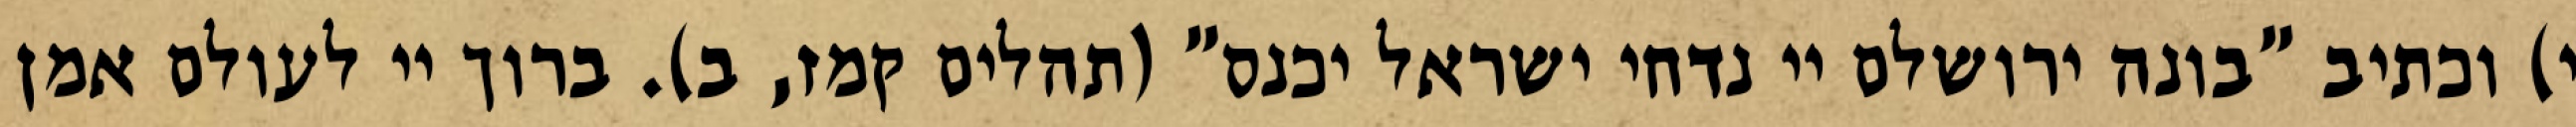
י) וכתיב "בונה ירושלם יי נדחי ישראל יכנס" (תהלים קמז, ב). ברוך יי לעולם אמן